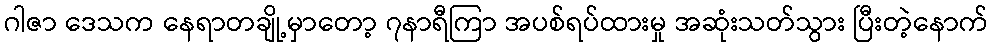
ဂါဇာ ဒေသက နေရာတချို့မှာတော့ ၇နာရီကြာ အပစ်ရပ်ထားမှု အဆုံးသတ်သွား ပြီးတဲ့နောက်